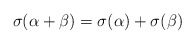
\begin{align*}\sigma(\alpha+\beta)=\sigma(\alpha)+\sigma(\beta)\end{align*}